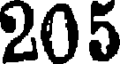
205